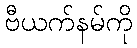
ဗီယက်နမ်ကို